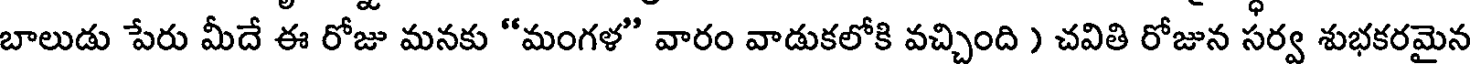
బాలుడు పేరు మీదే ఈ రోజు మనకు "మంగళ" వారం వాడుకలోకి వచ్చింది ) చవితి రోజున సర్వ శుభకరమైన